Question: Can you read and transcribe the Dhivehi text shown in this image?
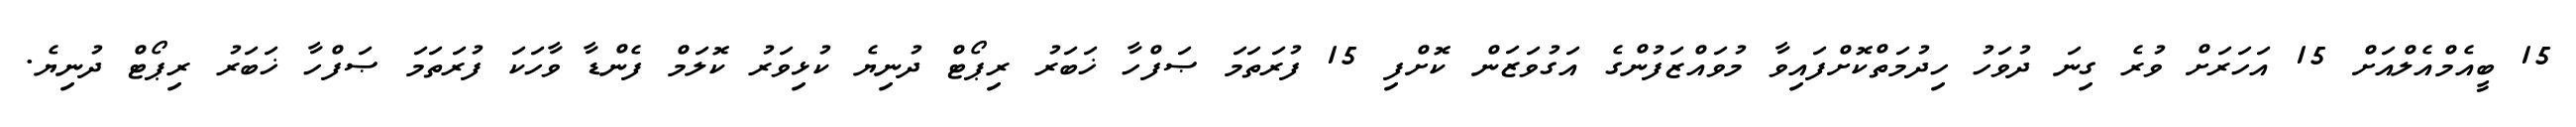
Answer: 15 ބީއެމްއެލްއަށް 15 އަހަރަށް ވުރެ ގިނަ ދުވަހު ހިދުމަތްކޮށްފައިވާ މުވައްޒަފުންގެ އަގުވަޒަން ކޮށްފި 15 ފުރަތަމަ ޞަފްހާ ޚަބަރު ރިޕޯޓް ދުނިޔެ ކުޅިވަރު ކޮލަމް ފެންޑާ ވާހަކަ ފުރަތަމަ ޞަފްހާ ޚަބަރު ރިޕޯޓް ދުނިޔެ.